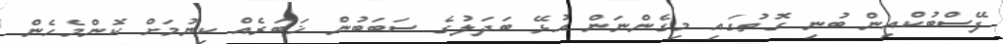
ފޭސްބުކްއިން ބުނި ގޮތުގައި މިގެންނަން އުޅޭ ބަދަލުގެ ސަބަބުން ޚަބަރެއް ކިޔުމަށް ކޮންމެހެން